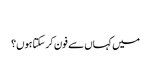
‬
‫میں کہاں سے فون کر سکتا ہوں؟